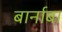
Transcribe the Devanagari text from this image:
बार्नाबा